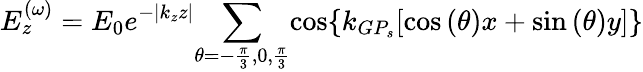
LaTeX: E_{z}^{(\omega)}=E_{0}e^{-{\left|{k_{z}z}\right|}}{\sum_{\theta=-{\frac{\pi}{3}},{0},{\frac{\pi}{3}}}}{\cos\{ k_{GP_{s}}[\cos{(\theta)x}+\sin{(\theta)}y]\} }